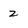
Character: 2